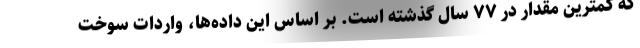
که کمترین مقدار در ۷۷ سال گذشته است. بر اساس این داده‌ها، واردات سوخت